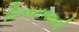
વિજયભાઇએ